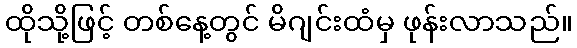
ထိုသို့ဖြင့် တစ်နေ့တွင် မိဂျင်းထံမှ ဖုန်းလာသည်။